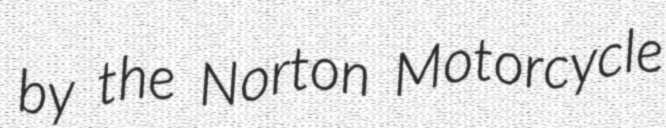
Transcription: by the Norton Motorcycle